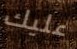
عليك